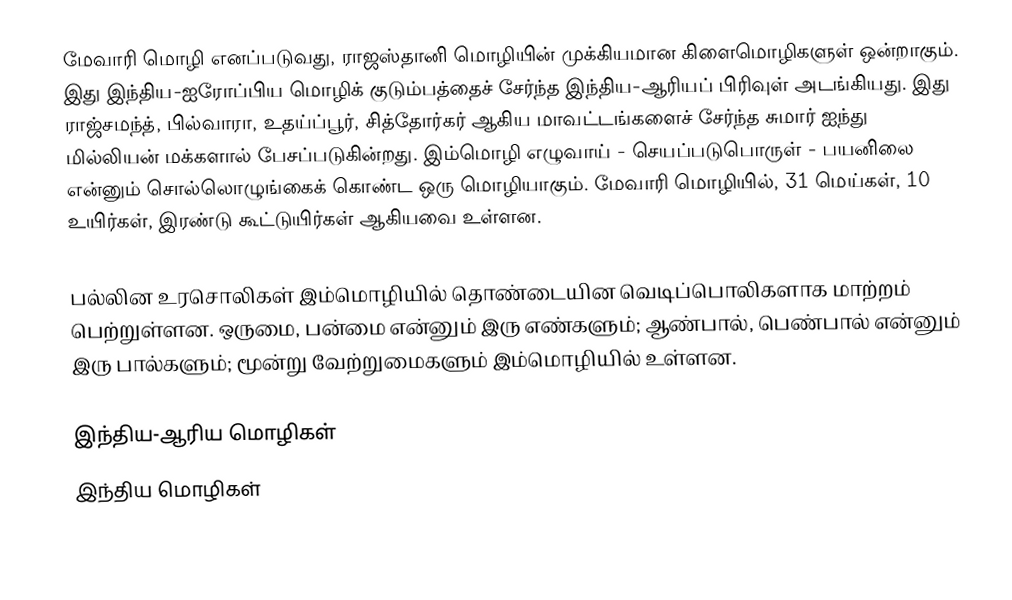
மேவாரி மொழி எனப்படுவது, ராஜஸ்தானி மொழியின் முக்கியமான கிளைமொழிகளுள் ஒன்றாகும். இது இந்திய-ஐரோப்பிய மொழிக் குடும்பத்தைச் சேர்ந்த இந்திய-ஆரியப் பிரிவுள் அடங்கியது. இது ராஜ்சமந்த், பில்வாரா, உதய்ப்பூர், சித்தோர்கர் ஆகிய மாவட்டங்களைச் சேர்ந்த சுமார் ஐந்து மில்லியன் மக்களால் பேசப்படுகின்றது. இம்மொழி எழுவாய் - செயப்படுபொருள் - பயனிலை என்னும் சொல்லொழுங்கைக் கொண்ட ஒரு மொழியாகும். மேவாரி மொழியில், 31 மெய்கள், 10 உயிர்கள், இரண்டு கூட்டுயிர்கள் ஆகியவை உள்ளன.

பல்லின உரசொலிகள் இம்மொழியில் தொண்டையின வெடிப்பொலிகளாக மாற்றம் பெற்றுள்ளன. ஒருமை, பன்மை என்னும் இரு எண்களும்; ஆண்பால், பெண்பால் என்னும் இரு பால்களும்; மூன்று வேற்றுமைகளும் இம்மொழியில் உள்ளன.

இந்திய-ஆரிய மொழிகள்
இந்திய மொழிகள்